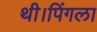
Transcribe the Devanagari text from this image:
थी।पिंगला